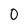
Character: 0